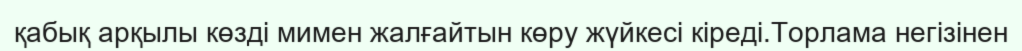
қабық арқылы көзді мимен жалғайтын көру жүйкесі кіреді.Торлама негізінен